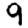
Digit: 9